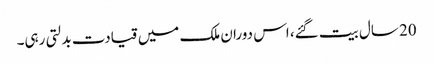
20 سال بیت گئے، اس دوران ملک میں قیادت بدلتی رہی۔